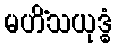
မဟိံသယုဒ္ဓံ